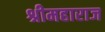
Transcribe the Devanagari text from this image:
श्रीमहाराज